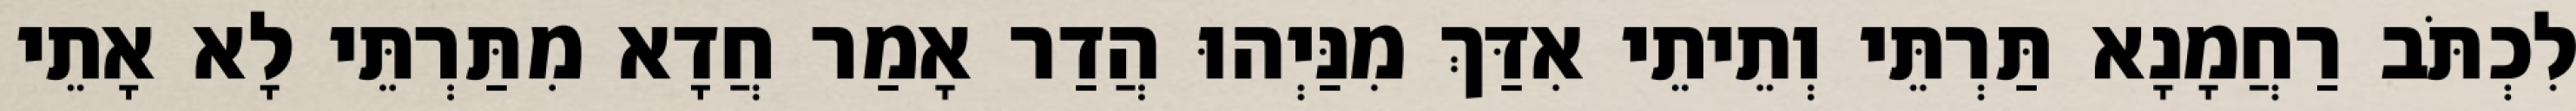
לִכְתֹּב רַחֲמָנָא תַּרְתֵּי וְתֵיתֵי אִדַּךְ מִנַּיְהוּ הֲדַר אָמַר חֲדָא מִתַּרְתֵּי לָא אָתֵי